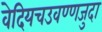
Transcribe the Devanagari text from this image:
वेदियचउवण्णजुदा